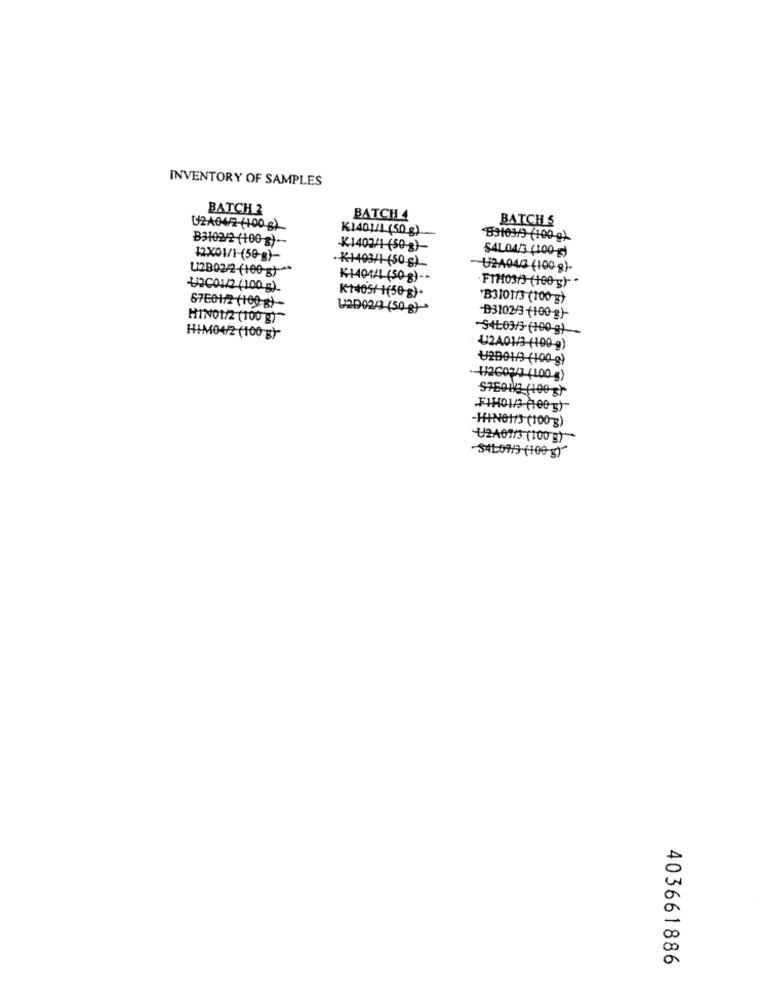
INVENTORY OF SAMPLES
BATCH 2
BATCH 4
BATCH S
U2A04/2-(100 g)
K140111 (50g)
B3102/2 (100 g)-
89103/9-(100 g)
K1403/4-(50-8)
SAL04/3 (100-)
12X01/1-(50-g)-
U2B02/2-(100 g) **
· K-1403/1-(50 g)-
U2A040 (100 g)-
K140ALL (50 g) --
FIM03/3-(100 g) *
U2001/2 (100 g).
*B3101/3 (100 g)
67601/2 (109-3)-
U2002/9 (50g)
HIN01/2 (100 g)-
-B3102/3 (100 g)-
S4103/3-(100 g) -
HIM04/2 (100 g)
U2A01/3-(100 g)
V2001/3 (100 g)
12602/3 (100 g)
S7501/2 (100 g)
FIHO13 (100 )
-HIN0175 (100-3)
U240713 (100 g)
34L07/3-(100 g)
403661886